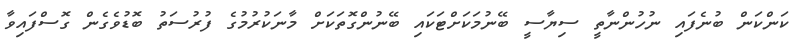
ކަންކަން ބުނެފައި ނުހުންނާތީ ސިޔާސީ ބޭނުމަކަށްޓަކައި ބޭނުންގޮތަކަށް މާނަކުރުމުގެ ފުރުސަތު ބޮޑުވެގެން ގޮސްފައިވާ